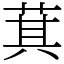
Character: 萁